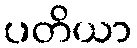
ပတိယာ